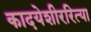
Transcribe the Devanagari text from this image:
कादयेशीररित्या